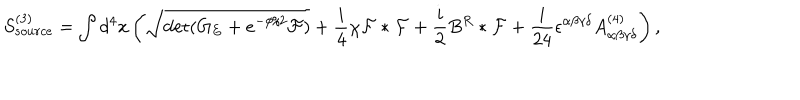
LaTeX: S _ { s o u r c e } ^ { ( 3 ) } = \int d ^ { 4 } x \left( \sqrt { \det ( G _ { E } + e ^ { - \phi / 2 } { \cal F } ) } + { \frac { i } { 4 } } \chi { \cal F } * { \cal F } + { \frac { i } { 2 } } B ^ { R } * { \cal F } + { \frac { i } { 2 4 } } \epsilon ^ { \alpha \beta \gamma \delta } A _ { \alpha \beta \gamma \delta } ^ { ( 4 ) } \right) ,